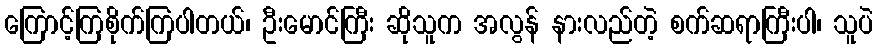
ကြောင့်ကြစိုက်ကြပါတယ်၊ ဦးမောင်ကြီး ဆိုသူက အလွန် နားလည်တဲ့ စက်ဆရာကြီးပါ၊ သူပဲ